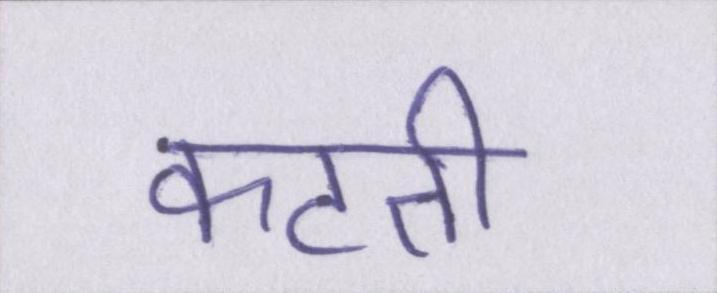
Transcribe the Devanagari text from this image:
कटती